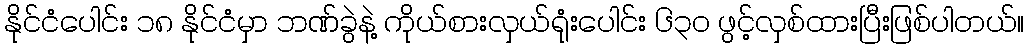
နိုင်ငံပေါင်း ၁၈ နိုင်ငံမှာ ဘဏ်ခွဲနဲ့ ကိုယ်စားလှယ်ရုံးပေါင်း ၆၃၀ ဖွင့်လှစ်ထားပြီးဖြစ်ပါတယ်။